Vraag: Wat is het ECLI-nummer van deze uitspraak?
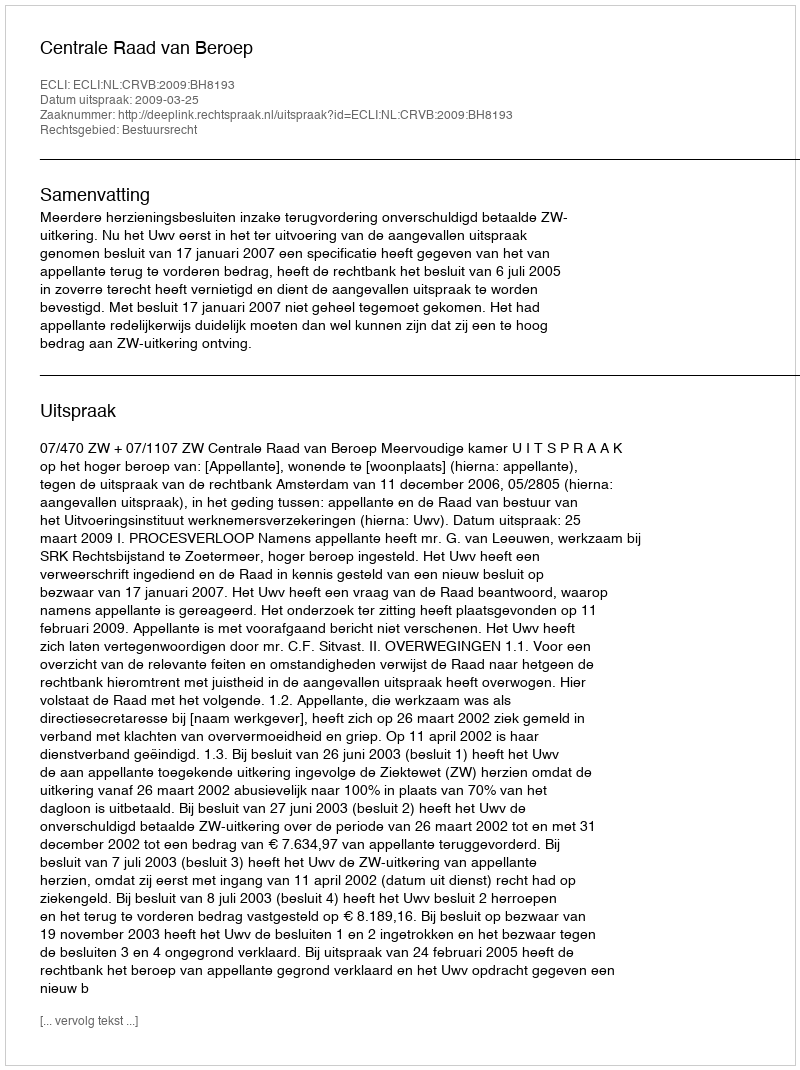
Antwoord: ECLI:NL:CRVB:2009:BH8193